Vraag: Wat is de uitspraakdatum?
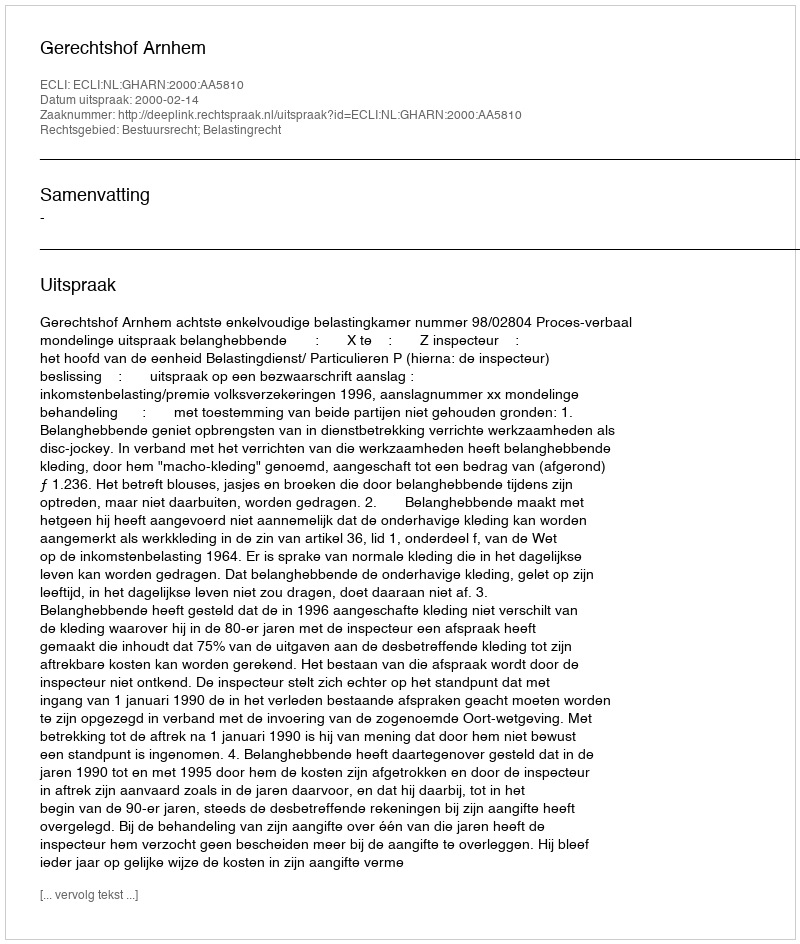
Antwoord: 2000-02-14